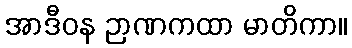
အာဒီဝန ဉာဏကထာ မာတိကာ။